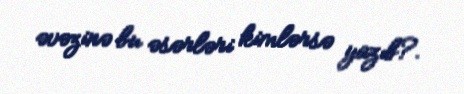
əvəzinə bu əsərləri kimlərsə yazıb?.